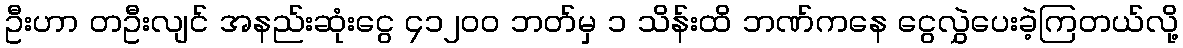
ဦးဟာ တဦးလျင် အနည်းဆုံးငွေ ၄၁၂၀၀ ဘတ်မှ ၁ သိန်းထိ ဘဏ်ကနေ ငွေလွှဲပေးခဲ့ကြတယ်လို့